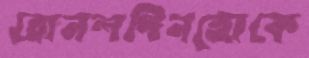
রোনলদিনহোকে